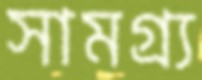
সামগ্র্য